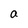
Character: a